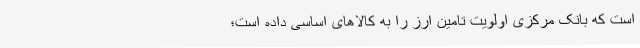
است که بانک مرکزی اولویت تامین ارز را به کالاهای اساسی داده است؛